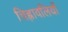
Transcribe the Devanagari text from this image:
चिह्नावलियों